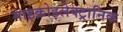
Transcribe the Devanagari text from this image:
माइक्रोइलेक्ट्रानिक